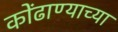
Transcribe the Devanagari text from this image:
कोंढाण्याच्या